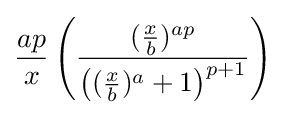
{\frac {ap}{x}}\left({\frac {({\tfrac {x}{b}})^{ap}}{\left(({\tfrac {x}{b}})^{a}+1\right)^{p+1}}}\right)